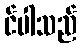
င်ပါသည်